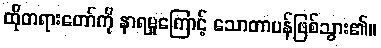
ထိုတရားတော်ကို နာရမှုကြောင့် သောတာပန်ဖြစ်သွား၏။